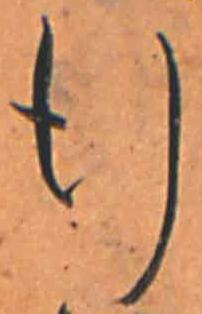
行